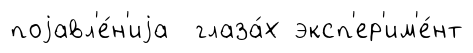
поjавл'е́н'иjа глаза́х эксп'ер'им'е́нт